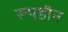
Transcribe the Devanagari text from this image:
रूपहीन